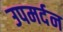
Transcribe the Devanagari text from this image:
उपमर्दन